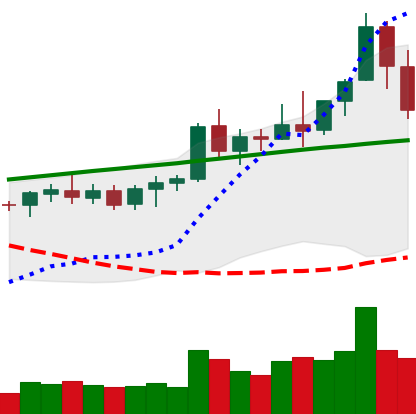
Ticker: ETC-USD
Chart end date: 2021-08-17
Forward return: 7.261%
Label: up_7plus